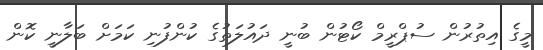
މީގެ އިތުރުން ސުޕްރީމް ކޯޓުން ބުނީ ދައުލަތުގެ ކުންފުނި ކަމަށް ބަލާނީ ކޮން